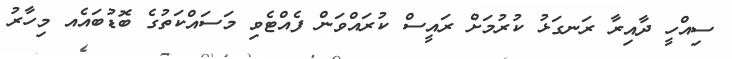
ސިއްހީ ދާއިރާ ރަނގަޅު ކުރުމަށް ރައީސް ކުރައްވަން ފެއްޓެވި މަސައްކަތުގެ ބޮޑުބައެއ މިހާރު